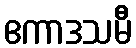
ဧကာဒသမီ